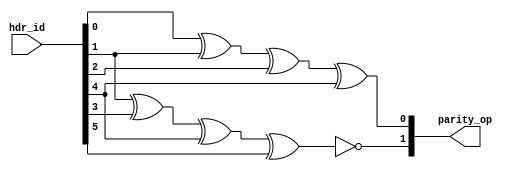
module parity_comp (hdr_id , parity_op);
input [5:0] hdr_id; 
output reg [1:0] parity_op; 

 
always@*
begin
   
  
 parity_op[0] <=  hdr_id[0]^hdr_id[1]^hdr_id[2]^hdr_id[4] ;
 parity_op[1] <=  ~(hdr_id[1]^hdr_id[3]^hdr_id[4]^hdr_id[5]);
   
 
end 


endmodule
 
//----------------------------------------------------------------------------------------------------

module rx_parity_check (PID_symbol,clk,reset,rx_parity_op,PID_chkd);
input [9:0] PID_symbol;
input clk,reset;
output reg [1:0] rx_parity_op;
output reg PID_chkd;

wire [5:0] PID_rx;
wire [1:0] parity_op;

assign PID_rx = PID_symbol[6:1];


parity_comp P (PID_rx,parity_op);

      always @ (posedge clk or negedge reset) 
      begin 
        if(!reset)
          begin
             rx_parity_op <=0;
              
           end
        else          
             rx_parity_op <=parity_op;           
         
      end

   always @(posedge clk) 
begin 
     if(PID_symbol[8:7]==parity_op) 
              begin 
                
             PID_chkd <=1;
              end
           else 
             
            PID_chkd <=0;
end

endmodule